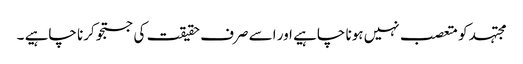
مجتہد کو متعصب نہیں ہونا چاہیے اور اسے صرف حقیقت کی جستجو کرنا چاہیے ۔